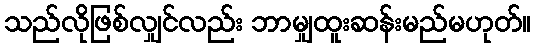
သည်လိုဖြစ်လျှင်လည်း ဘာမျှထူးဆန်းမည်မဟုတ်။